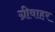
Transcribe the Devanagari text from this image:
ग्रीवाहर